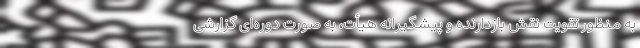
به منظور تقویت نقش بازدارنده و پیشگیرانه هیأت، به صورت دوره‌ای گزارشی